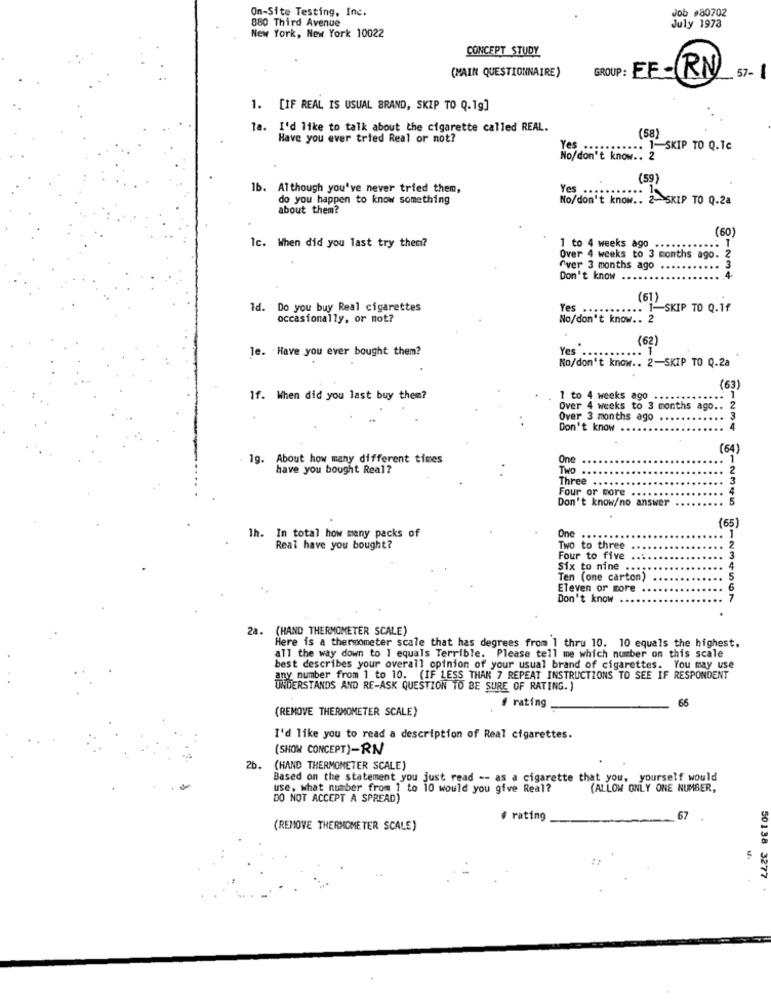
On-Site Testing, Inc.
Job #80702
880 Third Avenue
July 1973
New York, New York 10022
CONCEPT STUDY
(MAIN QUESTIONNAIRE)
GROUP: EF-
IRN
57-
1. [IF REAL IS USUAL BRAND, SKIP TO Q.19]
la. I'd like to talk about the cigarette called REAL.
Have you ever tried Real or not?
(58)
Yes
..... 1-SKIP TO Q.Tc
No/don't know .. 2
(59)
1b. Although you've never tried them,
do you happen to know something
No/don't know .. 2- SKIP TO Q.2a
about them?
(60)
Ic. When did you last try them?
1 to 4 weeks ago
......
Over 4 weeks to 3 months ago. 2
3
Over 3 months ago
Don't know ...
(61)
Id. Do you buy Real cigarettes
Yes
.....
1-SKIP TO Q.1f
occasionally, or not?
No/don't know .. 2
(62)
le. Have you ever bought them?
Yes"
..... 1
No/don't know .. 2-SKIP TO Q.2a
(63)
If. When did you last buy them?
1 to 4 weeks ago ..
Over 4 weeks to 3 months ago .. 2
Over 3 months ago
3
Don't know ..
4
(64)
1g.
About how many different times
One
1
have you bought Real?
THO
2
Three
Four or wore
4
Don't know/no answer
5
(65)
1
Ih. In total how many packs of
One ...
Real have you bought?
Two to three
Four to five
3
Six to nine ...
4
Ten (one carton)
5
Eleven or more
6
Don't know
2a. (HAND THERMOMETER SCALE)
Here is a thermometer scale that has degrees from 1 thru 10. 10 equals the highest.
all the way down to 1 equals Terrible. Please tell me which number on this scale
best describes your overall opinion of your usual brand of cigarettes. You may use
any number from 1 to 10. (IF LESS THAN 7 REPEAT INSTRUCTIONS TO SEE IF RESPONDENT
UNDERSTANDS AND RE-ASK QUESTION TO BE SURE OF RATING. )
66
(REMOVE THERMOMETER SCALE)
f rating
I'd like you to read a description of Real cigarettes.
(SHOW CONCEPT)-RN
2b.
(HAND THERMOMETER SCALE)
Based on the statement you just read -- as a cigarette that you, yourself would
use, what number from ? to 10 would you give Real?
(ALLOW ONLY ONE NUMBER,
DO NOT ACCEPT A SPREAD)
· rating
67
(REMOVE THERMOMETER SCALE)
50138 3277